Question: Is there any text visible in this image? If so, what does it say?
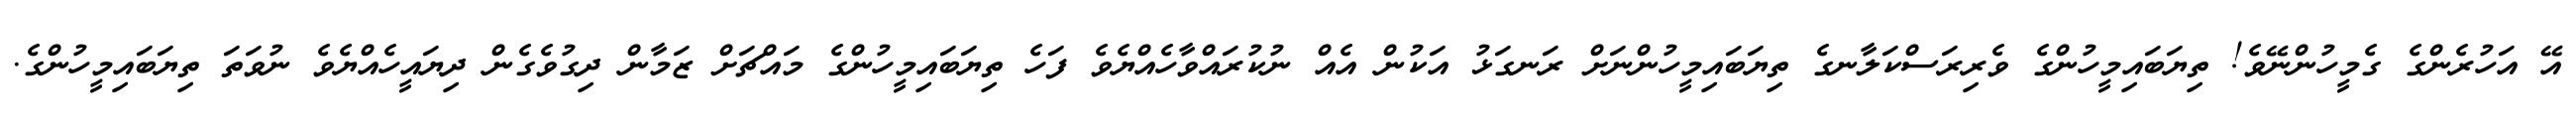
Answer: އޭ އަހުރެންގެ ގެމީހުންނޭވެ! ތިޔަބައިމީހުންގެ ވެރިރަސްކަލާނގެ ތިޔަބައިމީހުންނަށް ރަނގަޅު އަކުން އެއް ނުކުރައްވާހެއްޔެވެ ފަހެ ތިޔަބައިމީހުންގެ މައްޗަށް ޒަމާން ދިގުވެގެން ދިޔައީހެއްޔެވެ ނުވަތަ ތިޔަބައިމީހުންގެ.